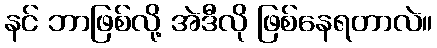
နင် ဘာဖြစ်လို့ အဲဒီလို ဖြစ်နေရတာလဲ။